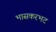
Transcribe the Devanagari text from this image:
भासकरभट